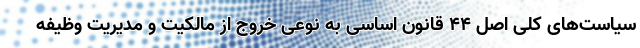
سیاست‌های کلی اصل ۴۴ قانون اساسی به نوعی خروج از مالکیت و مدیریت وظیفه